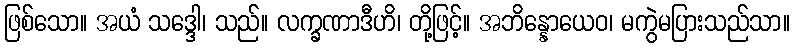
ဖြစ်သော။ အယံ သဒ္ဒေါ၊ သည်။ လက္ခဏာဒီဟိ၊ တို့ဖြင့်။ အဘိန္နောယေဝ၊ မကွဲမပြားသည်သာ။